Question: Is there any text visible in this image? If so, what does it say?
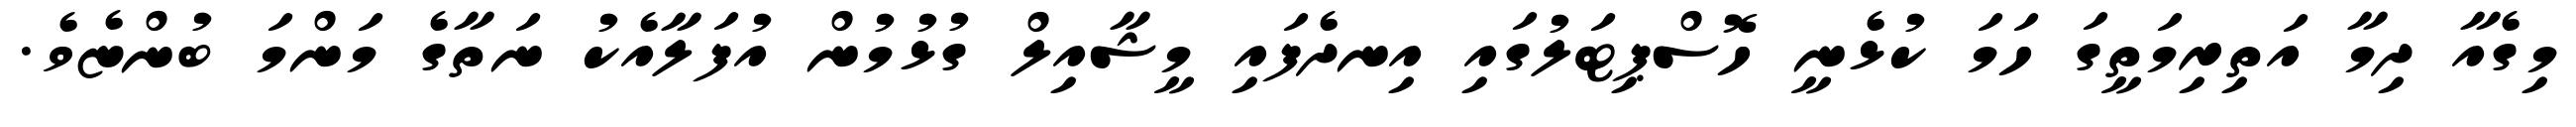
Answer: މިގެއާ ދިމާ އަތިރިމަތީގަ ހަމަ ކުޅެނީ ހޮސްޕިޓަލުގައި އިނދެފައި މީޝާއިލް ގުޅުމުން އުފަލާއެކު ނަތާގެ މަންމަ ބުންޏެވެ.